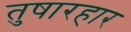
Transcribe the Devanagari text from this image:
तुषारहार